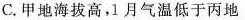
C.甲地海拔高，1月气温低于丙地